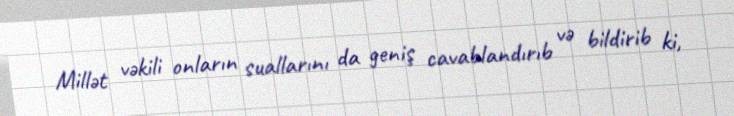
Millət vəkili onların suallarını da geniş cavablandırıb və bildirib ki,